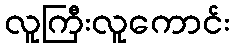
လူကြီးလူကောင်း